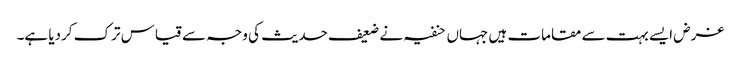
غرض ایسے بہت سے مقامات ہیں جہاں حنفیہ نے ضعیف حدیث کی وجہ سے قیاس ترک کردیا ہے۔